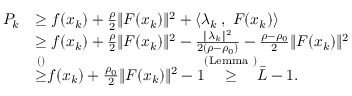
\begin{array} { r l } { P _ { k } } & { \geq f ( x _ { k } ) + \frac { \rho } { 2 } \| F ( x _ { k } ) \| ^ { 2 } + \langle \lambda _ { k } \; , \; F ( x _ { k } ) \rangle } \\ & { \geq f ( x _ { k } ) + \frac { \rho } { 2 } \| F ( x _ { k } ) \| ^ { 2 } - \frac { \| \lambda _ { k } \| ^ { 2 } } { 2 ( \rho - \rho _ { 0 } ) } - \frac { \rho - \rho _ { 0 } } { 2 } \| F ( x _ { k } ) \| ^ { 2 } } \\ & { { \overset { { ( ) } } { \geq } } f ( x _ { k } ) + \frac { \rho _ { 0 } } { 2 } \| F ( x _ { k } ) \| ^ { 2 } - 1 { \overset { { ( \mathrm { L e m m a ~ } ) } } { \geq } } \bar { L } - 1 . } \end{array}